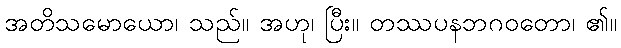
အတိသမောယော၊ သည်။ အဟု၊ ပြီး။ တဿပနဘဂဝတော၊ ၏။